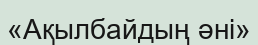
«Ақылбайдың әні»